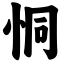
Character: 恫